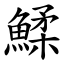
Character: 鰇